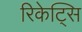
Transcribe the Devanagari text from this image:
रिकेट्सि